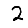
Digit: 2